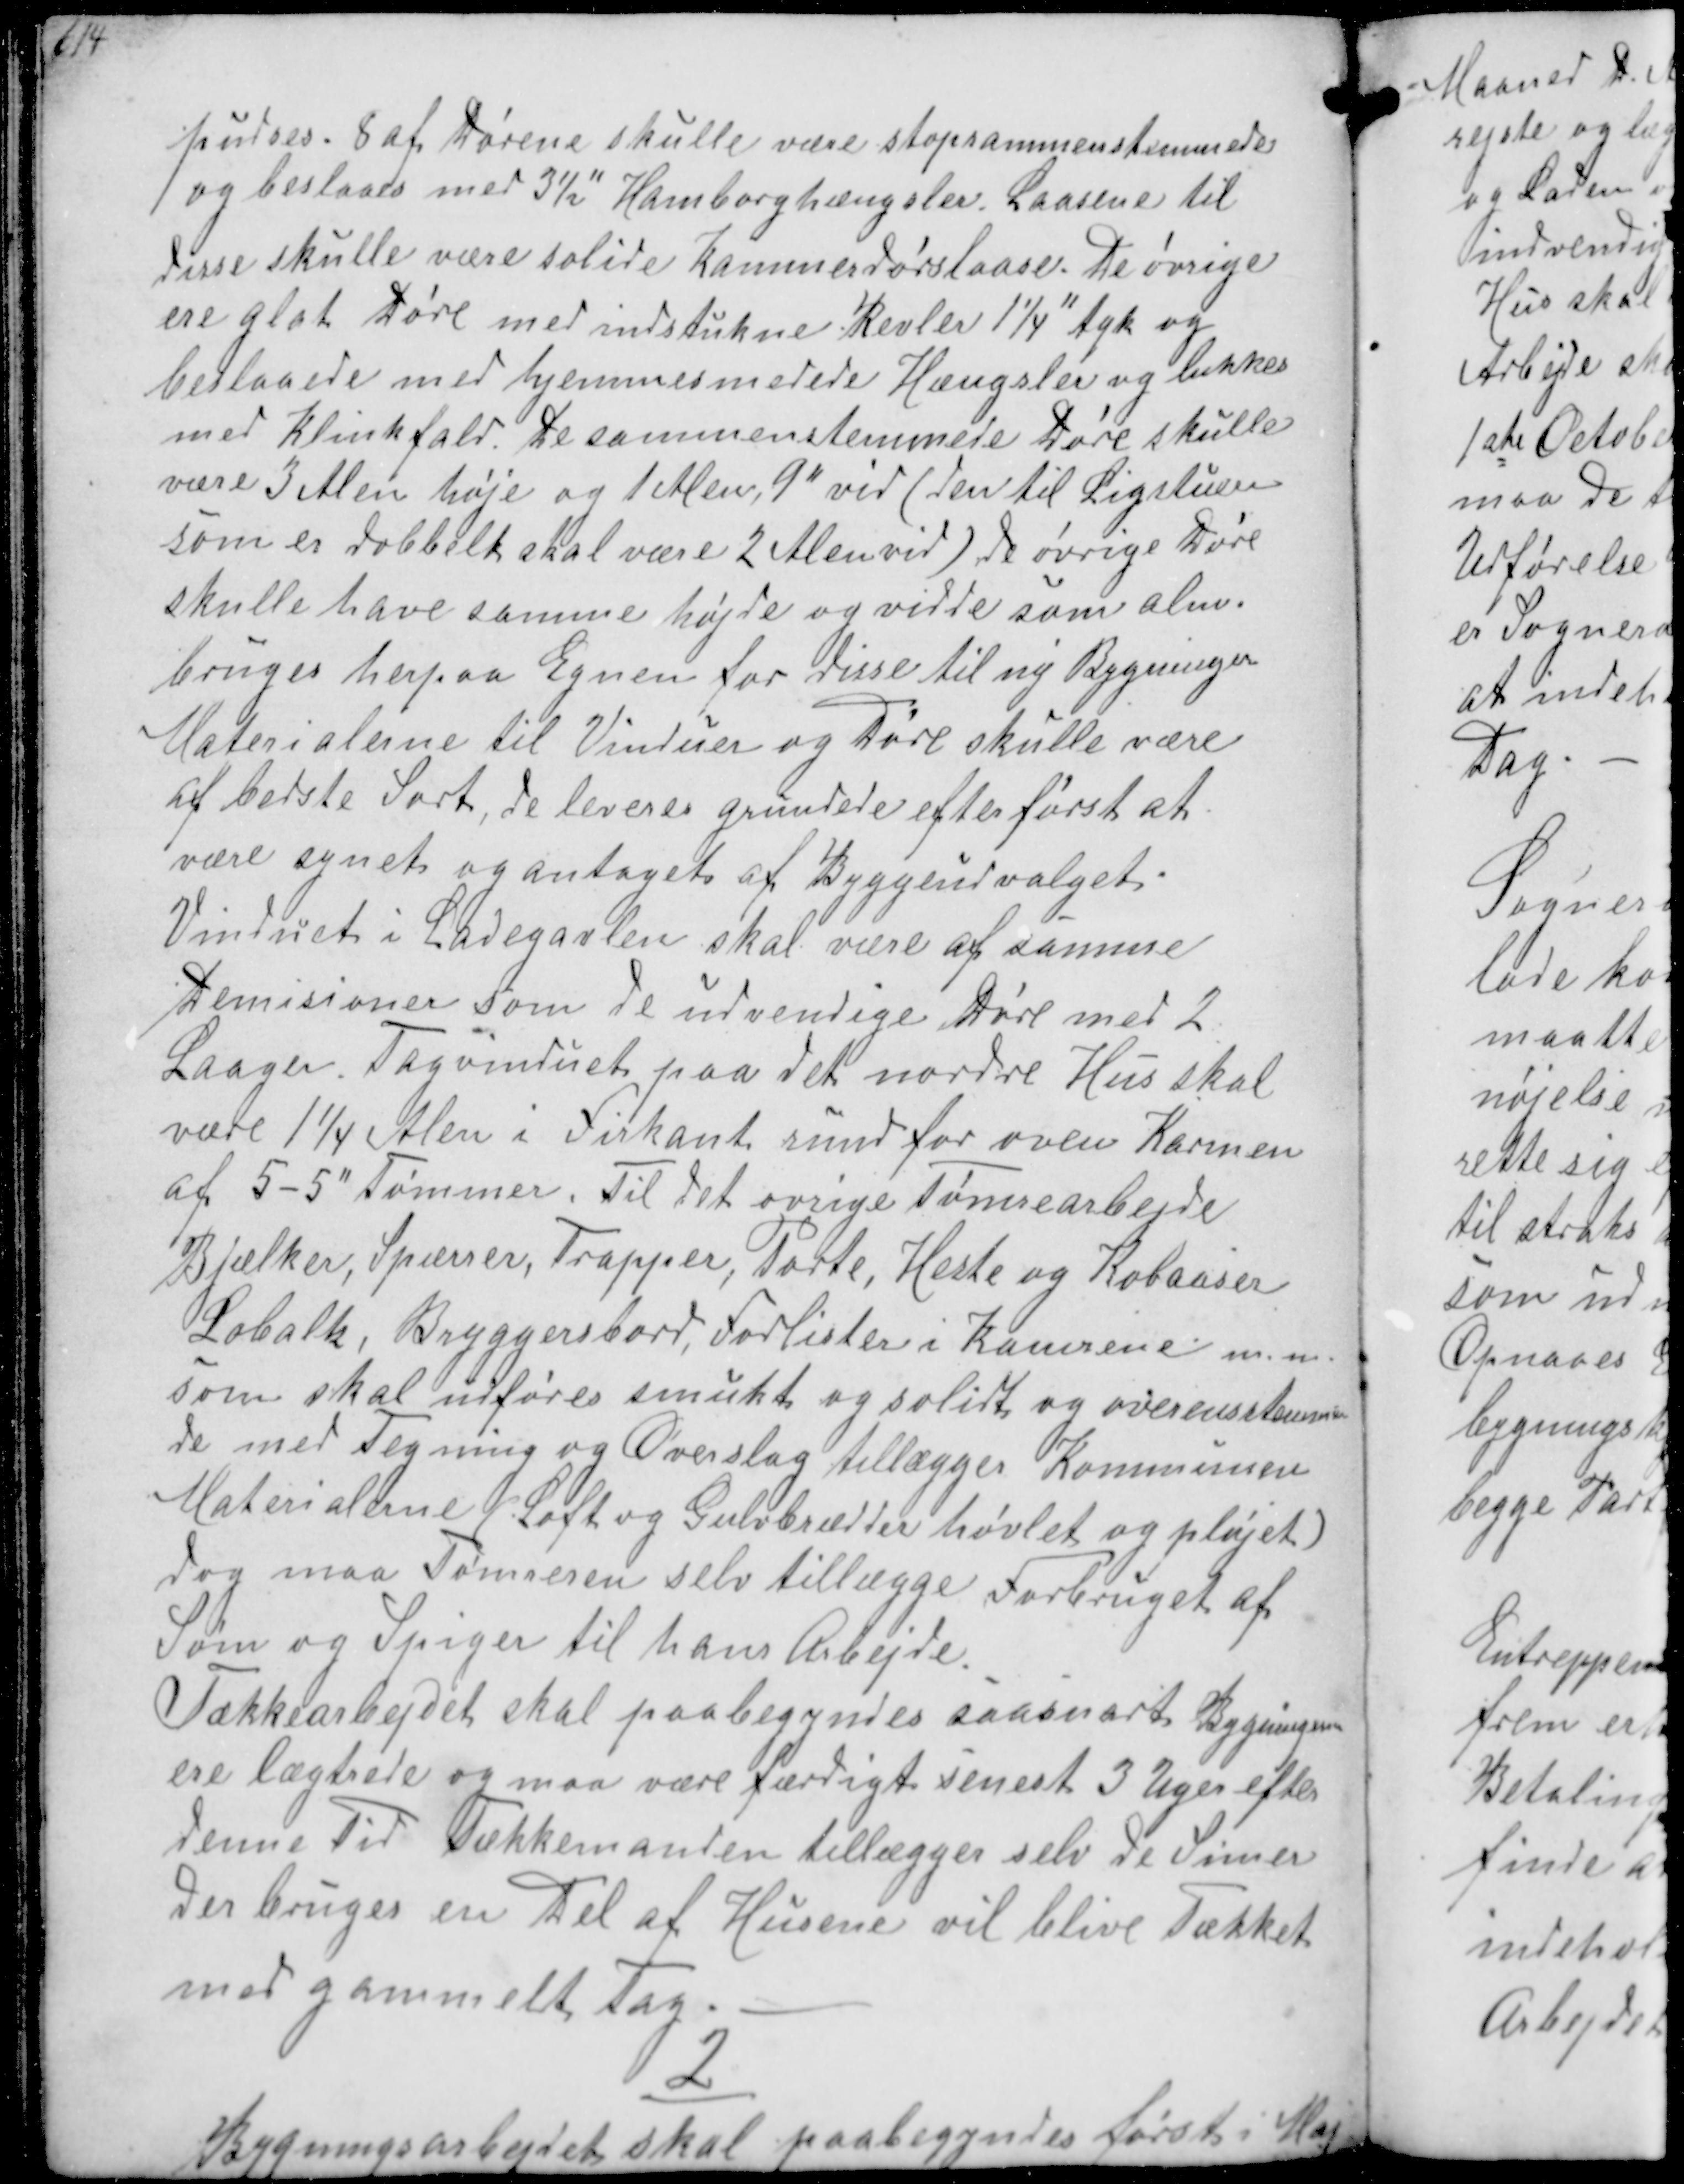
Transskription:
fæstnes 8 af Dørene skulle være stopsammenstemmede
og beslaaes med 3½" Hamborghængslev Laasene til
disse skulle være solide Kommerdørslaase. De øvrige
ere glt køre med indstukne Revler 11/4" tyk og
bestaaede med hjemmesmedede Hængsler og lukkes
med Klinkfald. De sammenstemmede Døre skulle
være 3 Alen høje og 1 Alen 9" vid ( den til Ligstuen
som er dobbelt skal være 2 Alen vid) de øvrige Døre
skulle have samme højde og vidde som alm.
bruges herpaa Egnen for disse til ny Bygninger
Materialerne til Vinduer og Døre skulle være
at bedste Sort, de leveres grundede efter først at
være synet og antaget af Byggeudvalget
Vinduet i Ladegaarden skal være af samme
Demisioner som de udvendige Døre med 2
Laager. Tagvinduet paa det nordre Hus skal
være 11/4 Alen i Firkant rund for oven Karmen
af 5-5" Tømmer. til det øvrige Tømrearbejde
Bjælker, Spærrer, Trapper, Porte Heste og Kobaaser
Lobalk, Bryggersbord. Fodlister i Kamrene m.m.
som skal udføres smukt og solidt og overensstemmen-
de med Tegning og Overslag tillægges Kommunen
Materialerne Loft og Gulvbrædder høvlet og pløjet
dog maa Tømreren selv tillægge Forbruget af
Søm og Spiger til hans Arbejde
Tækkearbejdet skal paabegyndes saasnart Bygningen
ere lægtrede og maa være færdigt senest 3 Uger efter
denne Tid Dækkemanden tillægger selv de Simer
Der bruges en Del af Husene vil blive Tækket
med gammelt Tag.
2
Byggearbejdet skal paabegyndes først i Maj